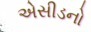
એસીડનો